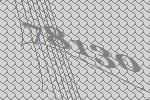
78130